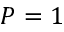
P = 1